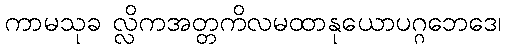
ကာမသုခ လ္လိကအတ္တကိလမထာနုယောပဂ္ဂဘေဒေ၊